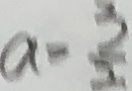
a = \frac { 3 } { 5 }